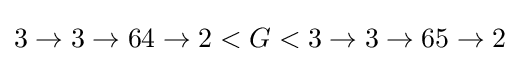
3\rightarrow 3\rightarrow 64\rightarrow 2<G<3\rightarrow 3\rightarrow 65\rightarrow 2